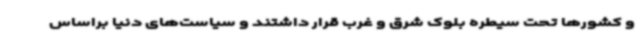
و کشورها تحت سیطره بلوک شرق و غرب قرار داشتند و سیاست‌های دنیا براساس